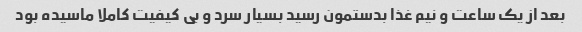
بعد از یک ساعت و نیم غذا بدستمون رسید بسیار سرد و بی کیفیت کاملا ماسیده بود